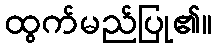
ထွက်မည်ပြု၏။